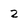
Character: 2